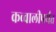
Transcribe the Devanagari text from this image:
कव्वालीपर्यंत